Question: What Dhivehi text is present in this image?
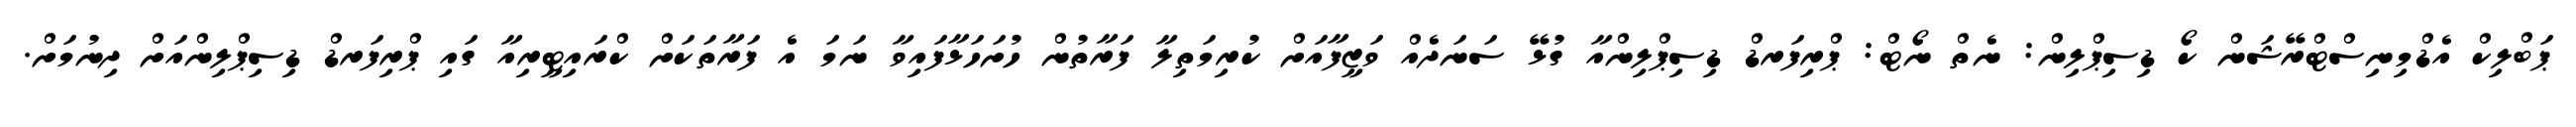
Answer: ޕަބްލިކް އެޑްމިނިސްޓްރޭޝަން ކޯ ޑިސިޕްލިން: ނެތް ނޯޓް: ޕްރިފަރޑް ޑިސިޕްލިންއާ ގުޅޭ ސަނަދެއް ވަޒީފާއަށް ކުރިމަތިލާ ފަރާތުން ހުށަހަޅާފައިވާ ނަމަ އެ ފަރާތަކަށް ކްރައިޓީރިއާ ގައި ޕްރިފަރޑް ޑިސިޕްލިންއަށް ދިނުމަށް.